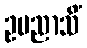
ဥပညာသိံ